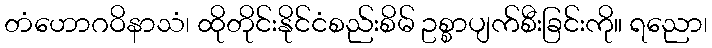
တံဟောဂဝိနာသံ၊ ထိုတိုင်းနိုင်ငံစည်းစိမ် ဥစ္စာပျက်စီးခြင်းကို။ ရညော၊